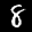
Label: 8